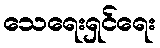
သေရေးရှင်ရေး